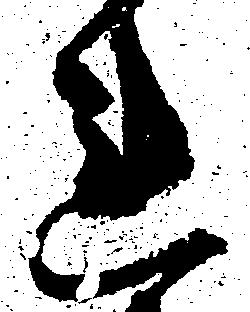
れ